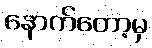
နောက်တော့မှ